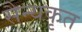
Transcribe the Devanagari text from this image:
सैन्यकृत